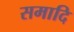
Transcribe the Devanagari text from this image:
समादि